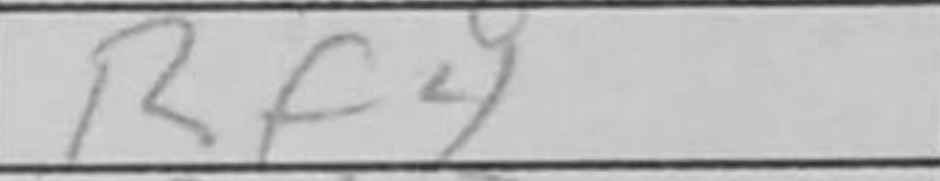
Transcription: Rf4